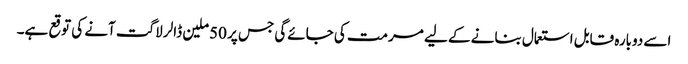
اسے دوبارہ قابل استعمال بنانے کے لیے مرمت کی جائےگی جس پر 50ملین ڈالر لاگت آنے کی توقع ہے۔